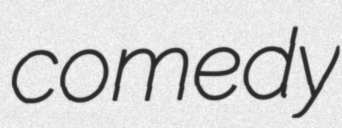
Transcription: comedy